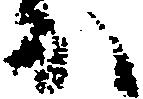
か